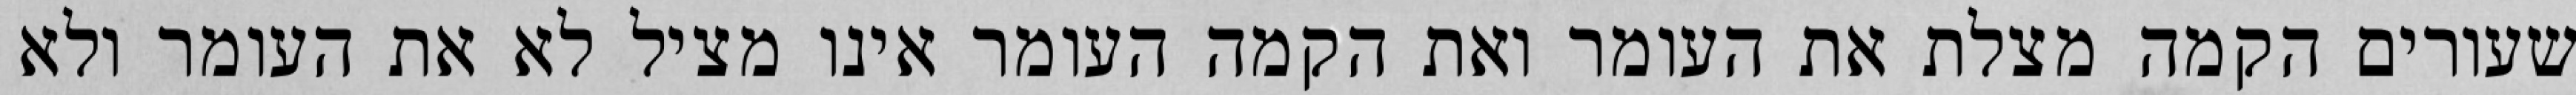
שעורים הקמה מצלת את העומר ואת הקמה העומר אינו מציל לא את העומר ולא